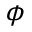
\phi